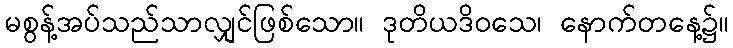
မစွန့်အပ်သည်သာလျှင်ဖြစ်သော။ ဒုတိယဒိဝသေ၊ နောက်တနေ့၌။